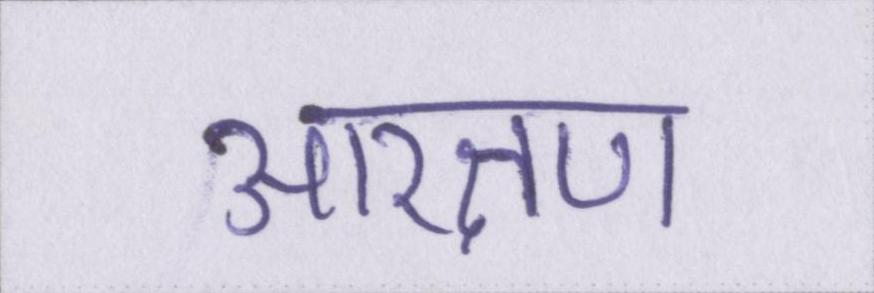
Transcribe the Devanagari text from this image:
आरक्षण